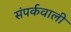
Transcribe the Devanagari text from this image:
संपर्कवाली